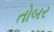
તોબર